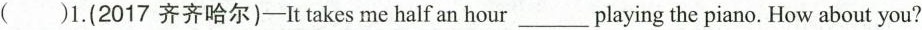
( )1.(2017 齐齐哈尔)-It takes me half an hour ___ playing the piano. How about you?